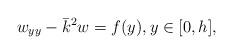
LaTeX: \begin{align*}w_{yy} - \bar k^2 w= f(y), y \in [0, h],\end{align*}